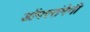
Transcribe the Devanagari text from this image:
डोंगररांगेनी